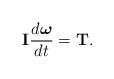
LaTeX: \begin{align*}\mathbf{I} \dfrac{d \boldsymbol\omega}{dt} = \mathbf{T} .\end{align*}